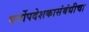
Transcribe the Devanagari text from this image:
धर्मोपदेशकासंबंधीचा